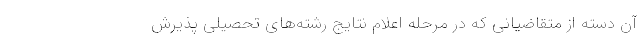
آن‌ دسته از متقاضیانی که در مرحله اعلام نتایج رشته‌های تحصیلی پذیرش